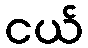
ငယ်